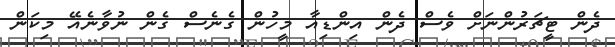
ދެން ޓީޗަރުންނަށް ވެސް ދެން އިންޑިއާ މީހުން ގެނެސް ގެން ނުވާނެއޭ މިކަން